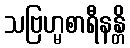
သဗြဟ္မစာရီနန္တိ